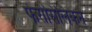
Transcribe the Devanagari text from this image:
फेरोसिलिकन